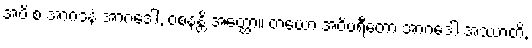
အပိ စ အာဂဒနံ အာဂဒေါ, ဝစနန္တိ အတ္ထော။ တယော အဝိပရီတော အာဂဒေါ အဿာတိ,